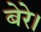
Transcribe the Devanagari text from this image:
बेरे।